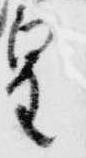
皇